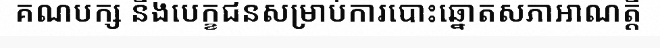
គណបក្ស និងបេក្ខជនសម្រាប់ការបោះឆ្នោតសភាអាណត្តិ